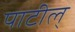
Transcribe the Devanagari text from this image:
पाटील्